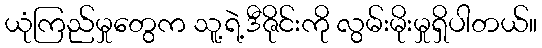
ယုံကြည်မှုတွေက သူ့ရဲ့ဒီဇိုင်းကို လွမ်းမိုးမှုရှိပါတယ်။